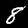
Label: 8